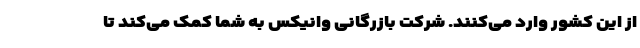
از این کشور وارد می‌کنند. شرکت بازرگانی وانیکس به شما کمک می‌کند تا